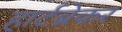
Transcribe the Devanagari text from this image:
हार्टब्रेकर